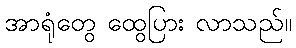
အာရုံတွေ ထွေပြား လာသည်။